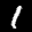
Label: 1